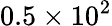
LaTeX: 0.5\times 10^{2}